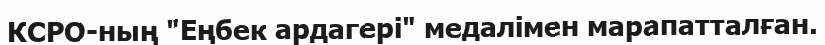
КСРО-ның "Еңбек ардагері" медалімен марапатталған.